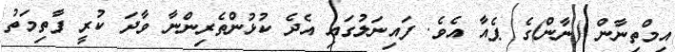
އިމްތިނާން (ނާން)ގެ ޕެއާ އެވެ. ފައިނަލުގައި އެދެ ކުޅުންތެރިންނާ ވާދަ ކުރީ ފާތިމަތު